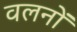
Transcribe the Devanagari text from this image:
वलनों